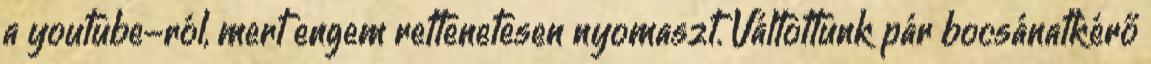
a youtube-ról, mert engem rettenetesen nyomaszt. Váltottunk pár bocsánatkérő